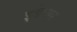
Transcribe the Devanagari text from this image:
इडेक्स